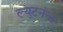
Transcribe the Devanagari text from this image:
ल्युटनंन्ट